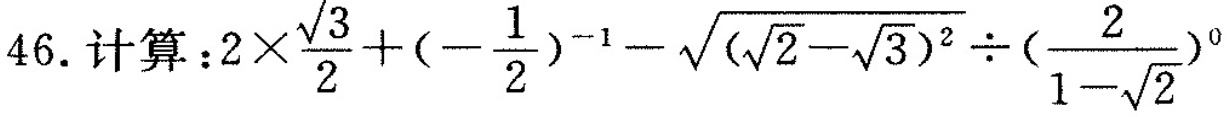
46. 计算： $$2 \times \frac { \sqrt { 3 } } { 2 } + ( - \frac { 1 } { 2 } ) ^ { - 1 } -